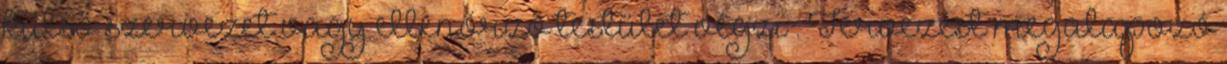
külső szervezet vagy ellenőrző testület végzi . Tervezést megalapozó